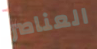
العناصر